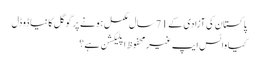
پاکستان کی آزادی کے 71 سال مکمل ہونے پر گوگل کا نیا ڈوڈل
کیا واٹس ایپ غیرمحفوظ اپلیکشن ہے؟